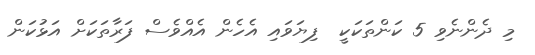
މި ދެންނެވި 5 ކަންތަކަކީ  ފިޔަވައި އެހެން އެއްވެސް ފަރާތަކަށް އަޅުކަން